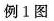
例1图